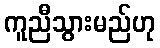
ကူညီသွားမည်ဟု